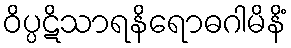
ဝိပ္ပဋိသာရနိရောဓဂါမိနိံ